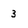
Character: 3